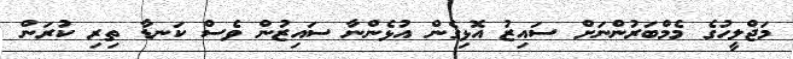
މަޖްލީހުގެ މެމްބަރުންނަށް ސައިޒު އޮޅިގެން އުޅެންނާ ސައިޒުން ވެސް ކަނޑާ ތިރި ކުރަން